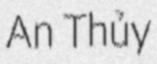
An Thủy